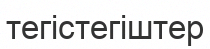
тегістегіштер